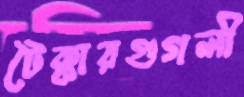
টৈক্কারগুগলী